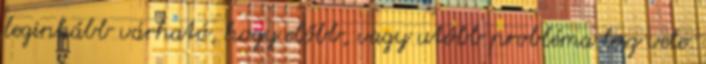
leginkább várható, hogy előbb, vagy utóbb probléma lesz vele.